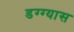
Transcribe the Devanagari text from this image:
डग्ग्यास